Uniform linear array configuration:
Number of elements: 8
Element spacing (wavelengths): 0.5
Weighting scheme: hann
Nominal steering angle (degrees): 15
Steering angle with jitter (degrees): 16.941
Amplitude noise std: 0.05
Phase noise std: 0.05

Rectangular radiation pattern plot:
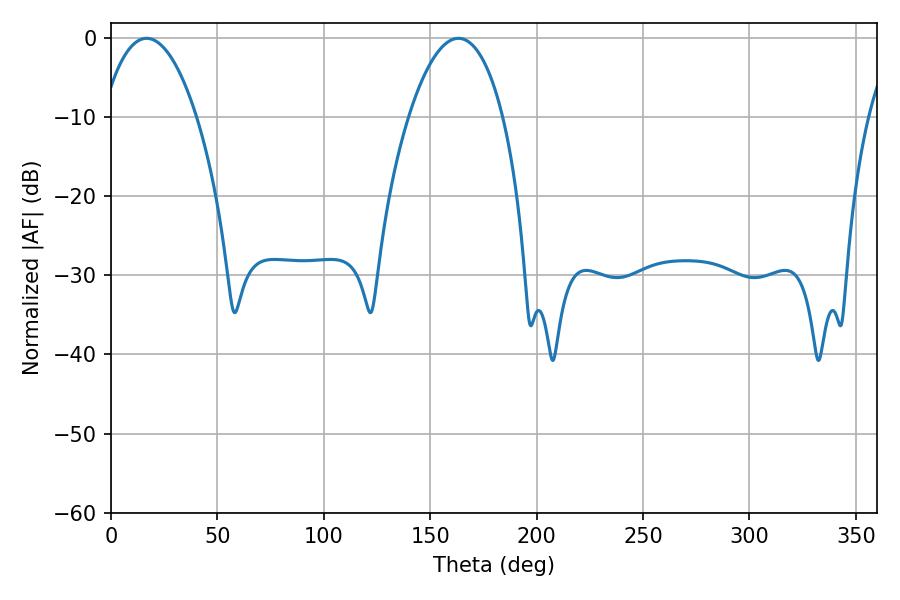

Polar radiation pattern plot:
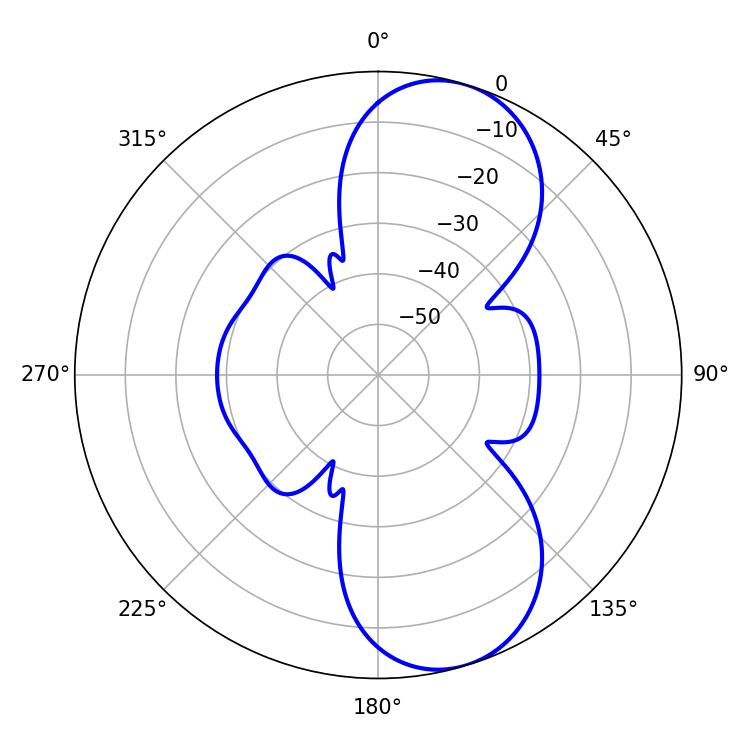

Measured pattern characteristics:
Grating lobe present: FALSE
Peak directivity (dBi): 8.681
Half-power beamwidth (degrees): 24.66
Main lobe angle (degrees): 16.74